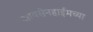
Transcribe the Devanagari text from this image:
आयसेनहाईमच्या